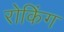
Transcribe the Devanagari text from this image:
रोकिंग